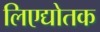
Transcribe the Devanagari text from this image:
लिएद्योतक